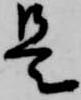
是